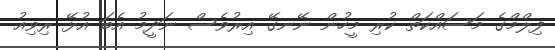
ފިލްމްގެ މަސައްކަތް ކުރި މީހުން ނޭނގޭ އިރުވެސް ނަދީމު އެބަ އުޅޭ ރިވިއު